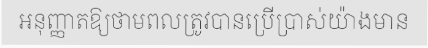
អនុញ្ញាតឱ្យថាមពលត្រូវបានប្រើប្រាស់យ៉ាងមាន